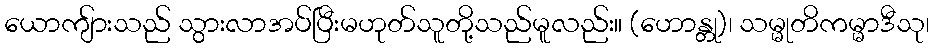
ယောကျ်ားသည် သွားလာအပ်ပြီးမဟုတ်သူတို့သည်မူလည်း။ (ဟောန္တု)၊ သမ္မုတိကမ္မာဒီသု၊